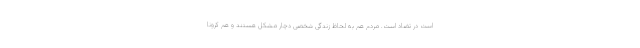
است در تضاد است. مردم هم به لحاظ زندگی شخصی دچار مشکل هستند و هم کرونا